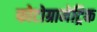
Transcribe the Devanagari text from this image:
फोटोग्रामेट्रिक